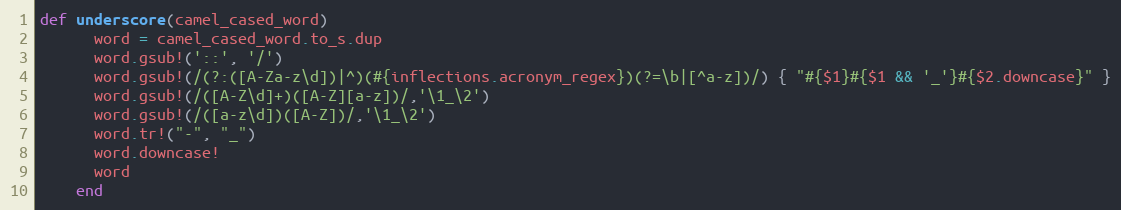
Language: Ruby
def underscore(camel_cased_word)
      word = camel_cased_word.to_s.dup
      word.gsub!('::', '/')
      word.gsub!(/(?:([A-Za-z\d])|^)(#{inflections.acronym_regex})(?=\b|[^a-z])/) { "#{$1}#{$1 && '_'}#{$2.downcase}" }
      word.gsub!(/([A-Z\d]+)([A-Z][a-z])/,'\1_\2')
      word.gsub!(/([a-z\d])([A-Z])/,'\1_\2')
      word.tr!("-", "_")
      word.downcase!
      word
    end